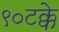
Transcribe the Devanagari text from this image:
९०टक्के